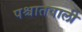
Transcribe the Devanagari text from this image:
पश्चातवाली